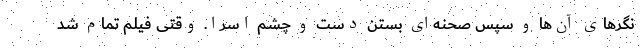
نگرهای آن‌ها و سپس صحنه‌ای بستن دست و چشم اسرا. وقتی فیلم تمام شد